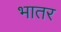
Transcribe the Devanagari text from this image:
भातर